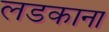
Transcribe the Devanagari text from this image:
लडकाना